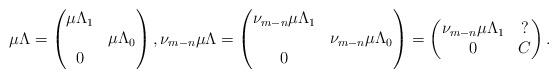
LaTeX: \begin{gather*} \mu \Lambda = \begin{pmatrix} \mu \Lambda_1 \\ & \mu \Lambda_0 \\ 0 \end{pmatrix}, \nu_{m-n} \mu \Lambda = \begin{pmatrix} \nu_{m-n} \mu \Lambda_1 \\ & \nu_{m-n} \mu \Lambda_0 \\ 0 \end{pmatrix} = \begin{pmatrix} \nu_{m-n} \mu \Lambda_1 & {?} \\ 0 & C \end{pmatrix}. \end{gather*}